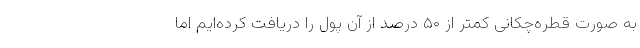
به صورت قطره‌چکانی کمتر از ۵۰ درصد از آن پول را دریافت کرده‌ایم اما